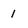
Character: 1